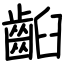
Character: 齨